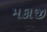
મકાજી